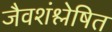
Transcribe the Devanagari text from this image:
जैवशंश्लेषित